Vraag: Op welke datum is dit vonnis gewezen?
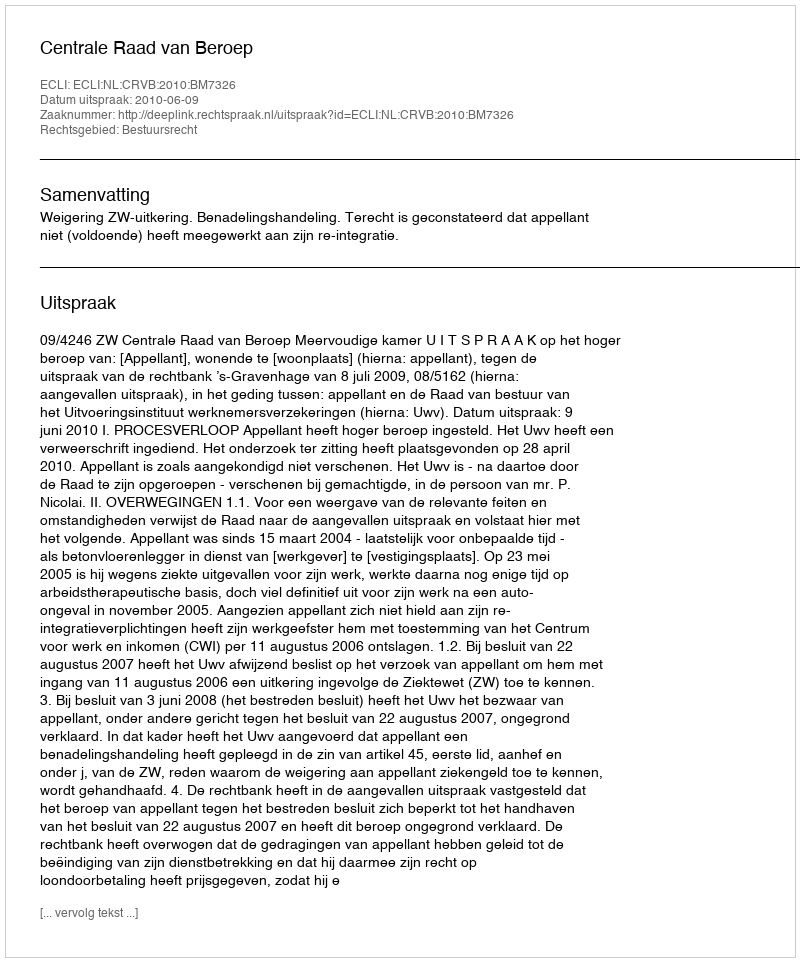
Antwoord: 2010-06-09